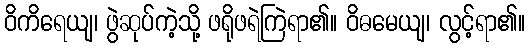
ဝိကိရေယျ၊ ဖွဲဆုပ်ကဲ့သို့ ဖရိုဖရဲကြဲရာ၏။ ဝိဓမေယျ၊ လွင့်ရာ၏။